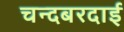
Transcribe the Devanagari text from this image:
चन्दबरदाई